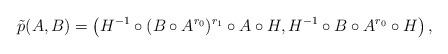
LaTeX: \begin{align*} \tilde{p}(A,B) & = \left(H^{-1}\circ(B\circ A^{r_0})^{r_1}\circ A\circ H, H^{-1}\circ B\circ A^{r_0}\circ H\right),\end{align*}